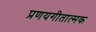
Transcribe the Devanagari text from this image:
प्रणयगीतात्मक